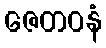
ဇေတဝနံ